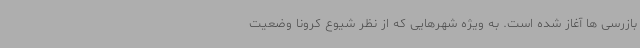
بازرسی ها آغاز شده است. به ویژه شهرهایی که از نظر شیوع کرونا وضعیت